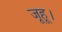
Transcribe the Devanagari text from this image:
जूहू।